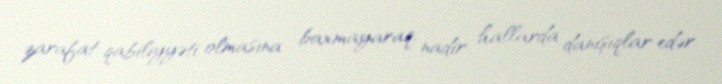
zarafat qabiliyyəti olmasına baxmayaraq, nadir hallarda danışıqlar edər.